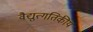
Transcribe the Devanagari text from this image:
वैद्युत्गतिकीय